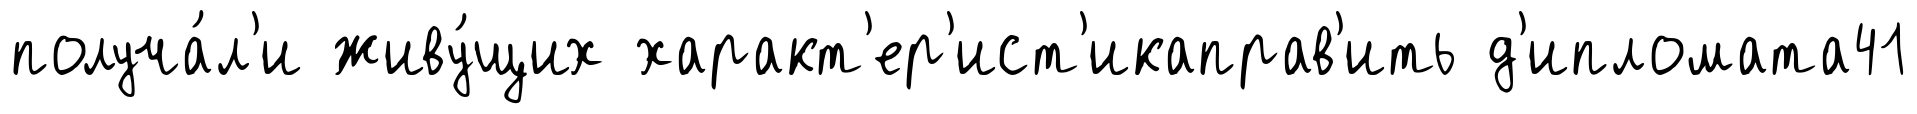
получа́л'и живу́щих характ'ер'ист'икаправ'ить д'ипломата41